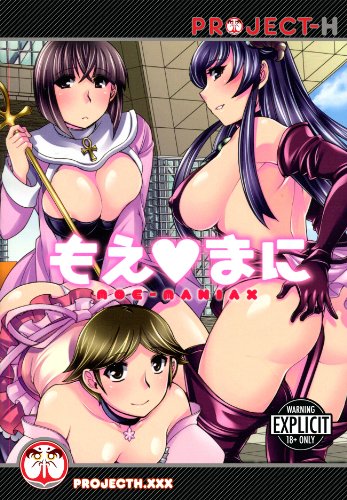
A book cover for Moe-Maniax (Hentai Manga); Aya Hinase; Comics & Graphic Novels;